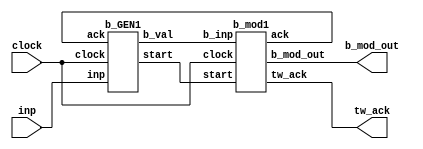
// This program was cloned from: https://github.com/Motherboard77/8-point-Number-Theoretic-Transform-NTT-processor-with-on-the-fly-twiddle-generator
// License: GNU General Public License v3.0



module modQ_tw(inp,clock,tw_ack,b_mod_out);

parameter n = 25;

input clock;
input [n-1:0] inp;
output [n-1:0] b_mod_out;
output tw_ack;

wire start,ack;
wire [n-1:0] b_val;


b_GEN1 GEN1(inp,clock,ack,start,b_val);
b_mod1 MOD1(b_val,clock,start,ack,tw_ack,b_mod_out);

endmodule



module b_GEN1(inp,clock,ack,start,b_val);

parameter n = 25;
parameter Q_reg_size = 12;

input [n-1:0] inp;
input clock;
input ack;
output wire [n-1:0] b_val;

wire [n-1:0] inp_capture;

output reg start;   //for next stage of mod Q reduction

reg [Q_reg_size-1:0] Q = 12'b110100000001;      //modulo 3329

reg [4:0]r_shift;
reg [9:0]temp_val;

wire [n-1:0] s_val;

//inp_capture captures the magnitude of the input
assign inp_capture = inp[n-1] == 0 ? inp : ~inp[n-1:0] + 1;

always @(b_val)
begin
    start <= 1;
end

always@(posedge clock)
begin
    if(ack)
        begin
        if(start)
            start <= 0;
        else
            start <= start;
        end
    else
        start <= start;
end

always @(posedge clock)  
    begin
    if(inp_capture <= 24'b00000000000_1101100000000 )   //6912
        begin
        r_shift  <= 5'b01100;           //12
        temp_val <= 10'b0000000010;     //2
        end
    else if(inp_capture > 24'b00000000000_1101100000000 & inp_capture < 24'b000000001100011101111011) //6912 to 51067
        begin
        r_shift  <= 5'b01101;           //13
        temp_val <= 10'b00000_00011;    //3
        end
    else if(inp_capture >= 24'b000000001100011101111011 & inp_capture < 24'b000011111010010110000010) //51067 to 1025410
        begin
        r_shift  <= 5'b01110;           //14
        temp_val <= 10'b0000000101;     //5
        end
    else if(inp_capture >= 24'b000011111010010110000010 & inp_capture < 24'b011100111001011011001011)  //1025410 to 7575243
        begin
        r_shift  <= 5'b01111;           //15
        temp_val <= 10'b0000001010;     //10
        end
    else //greater than 7575243
        begin
        r_shift   <= 5'b10011;          //19
        temp_val  <= 10'b0010011110;      //158
        end
    end


assign s_val = (inp_capture >> r_shift) * temp_val;
assign b_val = inp[n-1] == 1 ? inp + (s_val * Q) : inp - (s_val * Q); //selection-based approach to support functionality for both +ve
                                                                      //and -ve numbers
endmodule


module b_mod1(b_inp,clock,start,ack,tw_ack,b_mod_out);

parameter n = 25;

input [n-1:0] b_inp;
input clock;
input start;
output [n-1:0] b_mod_out;
output ack;
output tw_ack;
wire sel1,sel2,sel3,sel4,load1,load2,con,msb_b,msb_b_Q;
    
b_mod_datapath1 DATA1(b_inp,clock,sel1,sel2,sel3,con,load1,load2,msb_b,msb_b_Q,b_mod_out);

b_mod_controller1 CON1(clock,start,ack,msb_b,msb_b_Q,sel1,sel2,sel3,load1,load2,con,tw_ack);


endmodule

module b_mod_datapath1(b_inp,clock,sel1,sel2,sel3,con,load1,load2,msb_b,msb_b_Q,b_out_final);

parameter n = 25;
reg [n-1:0] Q = 25'b0000000000000110100000001;   //3329
input [n-1:0] b_inp;
input clock;
input sel1,sel2,sel3,con,load1,load2;

output msb_b;
output msb_b_Q;
output reg[n-1:0] b_out_final;

wire [n-1:0] b_out;
wire [n-1:0] b_mod_out,w1,w2,w3,w4,w5,w6;
wire w7;

assign msb_b = w1[n-1];
assign msb_b_Q = w2[n-1];


//"NOT" the msb of inp and AND it with w8 and feed it into a 2 to 1 MUX
assign w7 = ~b_mod_out[n-1];

mux_2to1_nbit1 MUX1(w6,b_inp,sel1,w1);   //MUX1

adder_cum_sub1 ADDSUB1(w1,con,w2);
//adder_cum_sub ADDSUB2(b_mod_out,w7,b_out_final);
mux_2to1_nbit1 MUX2(w1,w2,sel2,w3);     //MUX2


deMUX1to2_nbit1 deMUX2(w3,sel3,w4,w5);          //deMUX1

PIPO31 REG1(w5,clock,load1,w6);

PIPO31 REG2(w4,clock,load2,b_mod_out);

always @(b_mod_out)
begin
    if(b_mod_out >= 0 & b_mod_out < Q)
    b_out_final = b_mod_out;
    else
    b_out_final = w7 == 1 ? b_mod_out - Q : b_mod_out + Q;
end



endmodule


module mux_2to1_nbit1(a,b,sel,data_out);

parameter n = 25;
input [n-1:0] a;
input [n-1:0] b;
input sel;

output [n-1:0] data_out;

assign data_out = sel ? b:a;

endmodule

module adder_cum_sub1(inp,con,data_out);

//adder cum subtractor based on control input
//con = 0 --> add , con = 1 --> sub

parameter n = 25;

input [n-1:0] inp;
input con;
output [n-1:0] data_out;

reg [n-1:0] Q = 25'b0000000000000110100000001;   //3329

assign data_out = (con == 0) ? inp + Q : inp - Q ; 

endmodule

module deMUX1to2_nbit1(inp,sel,y0,y1);

parameter n = 25;

input [n-1:0] inp;
input sel;
output reg [n-1:0] y0;
output reg [n-1:0] y1;

always @(*)
begin
    case(sel)
        1'b0 : begin
                y0 <= inp;
                y1 <= 25'b0;     
               end
        1'b1 : begin
                y0 <= 25'b0;
                y1 <= inp;
               end
    endcase
end

endmodule

module PIPO31(a,clock,load,reg_out);

parameter n = 25;

input [n-1:0] a;
input clock;
input load;
output reg [n-1:0] reg_out;

always @(posedge clock)
begin
    if(load)
    reg_out <= a;
    else
    reg_out <= reg_out;
end
endmodule

module b_mod_controller1(clock,start,ack,msb_b,msb_b_Q,sel1,sel2,sel3,load1,load2,con,tw_ack);

input clock;
input start;
input msb_b;
input msb_b_Q;
output reg sel1,sel2,sel3,load1,load2,con;
output reg ack;
output reg tw_ack;
reg [1:0] state ; 

initial 
begin
   state <= 2'b00; 
   tw_ack <= 0;
end

always @(posedge clock)
begin
    case(state)
        
        2'b00: begin   
                   sel1 <= 1;
                   sel2 <= 0;
                   sel3 <= 1;
                   tw_ack <= 0;
                   con <= 1; //subtract in the first instance
                   load1 <= 1;
                   if(start)
                        begin
                        ack <= 1;
                        state <= 2'b01;     //goto iterative state
                        end
                   else
                   state <= 2'b00;
                end
                
        2'b01: begin       
                 if(msb_b == 0 & msb_b_Q == 1)   //no reduction required
                    begin
                        sel2 <= 0;
                        sel3 <= 0;
                        load1 <= 0;
                        load2 <= 1;
                        ack <= 0;
                        state <= 2'b10;          //load2 will be activated at this stage
                    end
                 else if(msb_b == 0 & msb_b_Q == 0)   //b > Q
                    begin
                        sel1 <= 0;
                        sel2 <= 1;
                        con <= 1;
                        sel3 <= 1;
                        load1 <= 1;
                        load2 <= 0;
                        ack <= 0;
                        state <= 2'b01;
                    end
                 else if(msb_b == 1 & msb_b_Q == 1)  //b < 0
                    begin
                        sel1 <= 0;
                        sel2 <= 1;
                        con <= 0;
                        sel3 <= 1;
                        load1 <= 1;
                        load2 <= 0;
                        ack <= 0;
                        state <= 2'b01;
                    end
                end
                
        2'b10: begin   //b<0
                    load1 <= 0;
                    load2 <= 1;
                    //tw_ack <= 1;
                    state <= 2'b11;
                end    
                
        2'b11:  begin
                    load2 <= 0;
                    tw_ack <= 1;
                    state <= 2'b00;   //goto first state
                end  
    endcase
    
end

endmodule